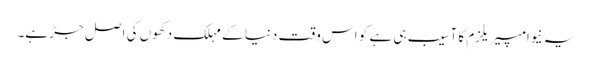
یہ نیوامپیریلزم کا آسیب ہی ہے کو اس وقت دنیا کے مہلک دکھوں کی اصل جڑ ہے۔